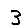
Digit: 3